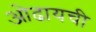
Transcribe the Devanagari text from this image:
ओढायची